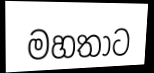
මහතාට